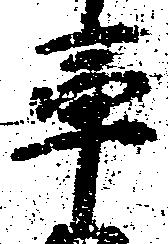
率